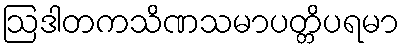
ဩဒါတကသိဏသမာပတ္တိပရမာ